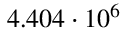
4 . 4 0 4 \cdot 1 0 ^ { 6 }